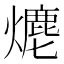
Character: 𤏶